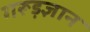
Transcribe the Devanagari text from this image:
गरूड़ज्ञान